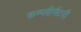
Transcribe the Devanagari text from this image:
कम्प्लीमेंटरी